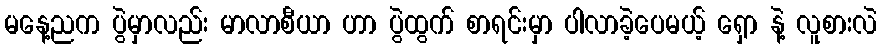
မနေ့ညက ပွဲမှာလည်း မာလာစီယာ ဟာ ပွဲထွက် စာရင်းမှာ ပါလာခဲ့ပေမယ့် ရှော နဲ့ လူစားလဲ